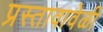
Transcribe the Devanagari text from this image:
प्रस्तावावेळी